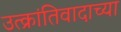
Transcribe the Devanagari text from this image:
उत्क्रांतिवादाच्या